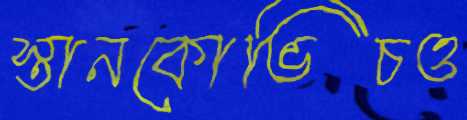
স্তানকোভিচও